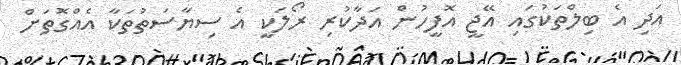
އަދި އެ ބިލްތަކުގައި އޭޖީ އޮފީހުން އަދާކުރި ރޯލަކީ އެ ސިޔާސަތުތަކާ އެއްގޮތަށް